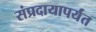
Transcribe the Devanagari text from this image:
संप्रदायापर्यंत